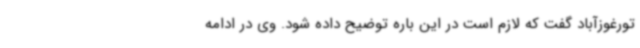
تورغوزآباد گفت که لازم است در این باره توضیح داده شود. وی در ادامه